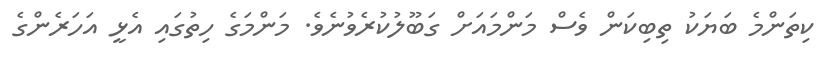
ކިތަންމެ ބަޔަކު ތިބިކަން ވެސް މަންމައަށް ގަބޫލުކުރެވުނެވެ. މަންމަގެ ހިތުގައި އެޅީ އަހަރެންގެ